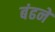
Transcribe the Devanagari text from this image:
बंढने